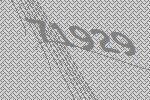
71929